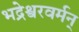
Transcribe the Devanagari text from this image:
भद्रेश्वरवर्मन्